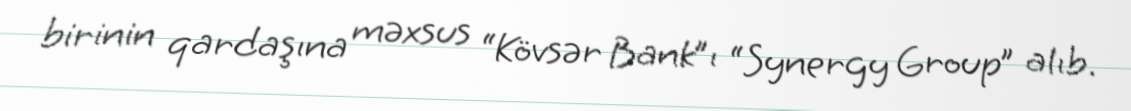
birinin qardaşına məxsus “Kövsər Bank”ı “Synergy Group” alıb.